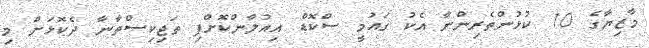
މާޒިޔާގެ 10 ކުޅުންތެރިންނާ އެކު ގައުމީ ސްކޮޑް އިއުލާންކޮށްފި ތަޖިކިސްތާނާ ދެކޮޅަށް މި